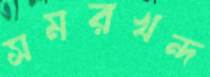
সমরখন্দ